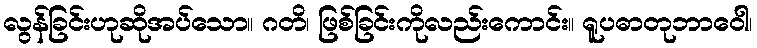
လွန်ခြင်းဟုဆိုအပ်သော။ ဂတိ၊ ဖြစ်ခြင်းကိုလည်းကောင်း။ ရူပဓာတုဘာဝေါ၊